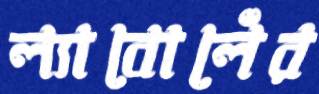
ল্যাবোলেঁর